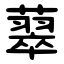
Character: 䕜